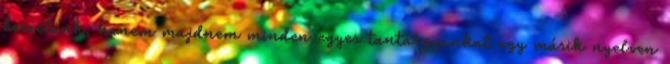
beszélünk, hanem majdnem minden egyes tantárgyunkat egy másik nyelven